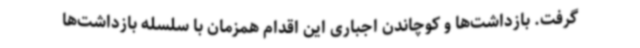
گرفت. بازداشت‌ها و کوچاندن اجباری این اقدام همزمان با سلسله بازداشت‌ها